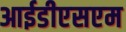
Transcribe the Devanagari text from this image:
आईडीएसएम